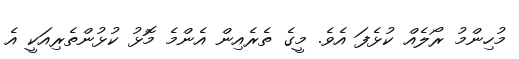
މުހިންމު ރޯލެއް ކުޅެފަ އެވެ. މީގެ ތެރެއިން އެންމެ މޮޅު ކުޅުންތެރިއަކީ އެ